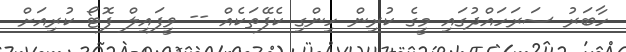
ހާބަރު ސަރަހައްދުގައި މީގެ ކުރިން ހިންގި ކެފޭތަކެއް -- ވީފައިލް ފޮޓޯ ކުރިއަށް